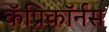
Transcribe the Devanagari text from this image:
कॅप्रिकॉर्नस